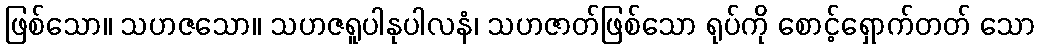
ဖြစ်သော။ သဟဇသော။ သဟဇရူပါနုပါလနံ၊ သဟဇာတ်ဖြစ်သော ရုပ်ကို စောင့်ရှောက်တတ် သော